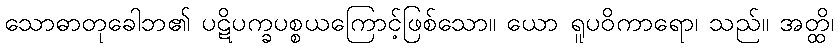
သောဓာတုခေါဘ၏ ပဋိပက္ခပစ္စယကြောင့်ဖြစ်သော။ ယော ရူပဝိကာရော၊ သည်။ အတ္ထိ၊